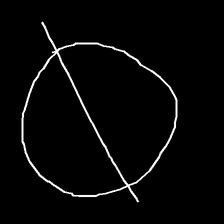
Glyph: orb